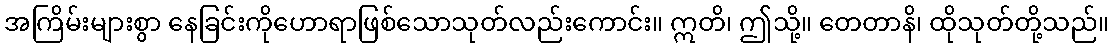
အကြိမ်းများစွာ နေခြင်းကိုဟောရာဖြစ်သောသုတ်လည်းကောင်း။ ဣတိ၊ ဤသို့။ တေတာနိ၊ ထိုသုတ်တို့သည်။